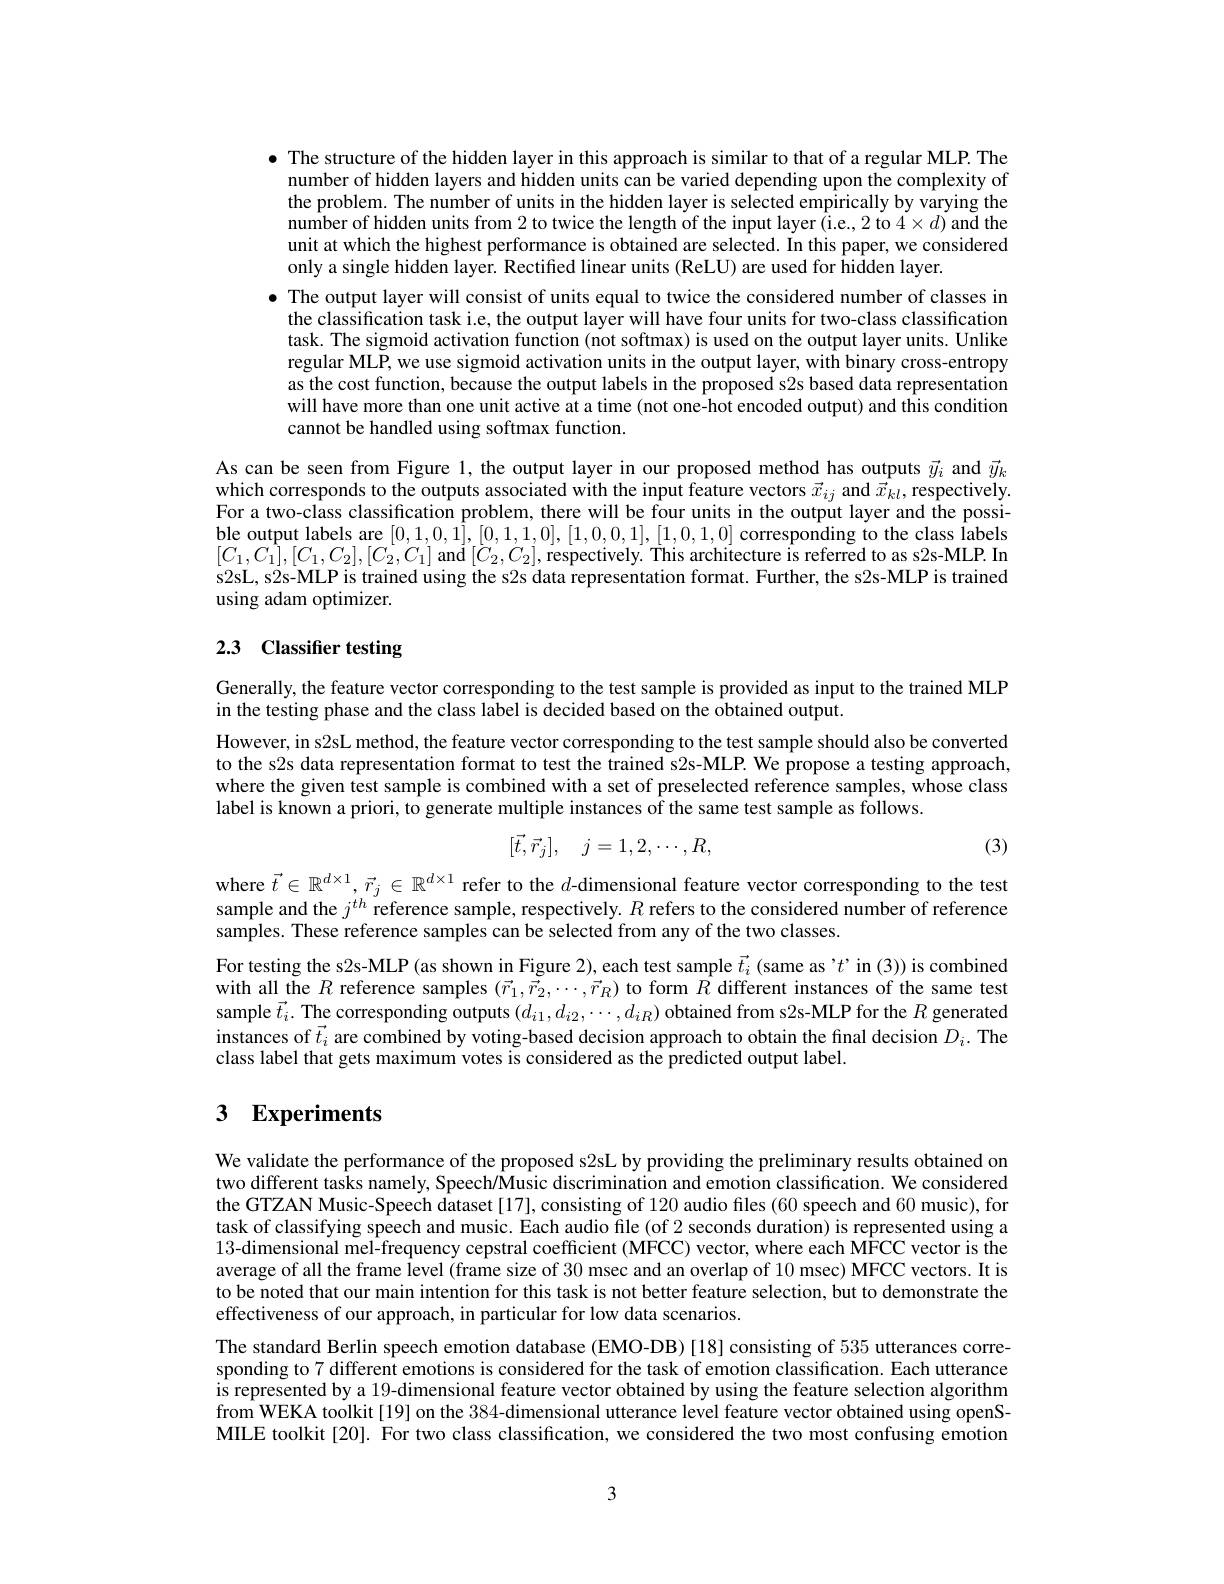
$\bullet$ The structure of the hidden layer in this approach is similar to that of a regular MLP. The
number of hidden layers and hidden units can be varied depending upon the complexity of the problem. The number of units in the hidden layer is selected empirically by varying the number of hidden units from 2 to twice the length of the input layer (i.e., 2 to 4×d) and the unit at which the highest performance is obtained are selected. In this paper, we considered only a single hidden layer. Rectified linear units (ReLU) are used for hidden layer.
$\bullet$ The output layer will consist of units equal to twice the considered number of classes in the classification task i.e, the output layer will have four units for two-class classification task. The sigmoid activation function (not softmax) is used on the output layer units. Unlike regular MLP, we use sigmoid activation units in the output layer, with binary cross-entropy as the cost function, because the output labels in the proposed s2s based data representation will have more than one unit active at a time (not one-hot encoded output) and this condition cannot be handled using softmax function.

As can be seen from Figure 1, the output layer in our proposed method has outputs $\vec{y}_i$ and $\vec{y}_k$ which corresponds to the outputs associated with the input feature vectors $\vec{x}_{ij}$ and $\vec{x}_{kl}$,respectively For a two-class classification problem, there will be four units in the output layer and the possible output labels are [0,1,0,1],[0,1,1,0],[1,0,0,1],[1,0,1,0] corresponding to the class labels $[C_{1},C_{1}],[C_{1},C_{2}],[C_{2},C_{1}]$ and $[C_{2},C_{2}]$,respectively. This architecture is referred to as s2s-MLP. In s2sL, s2s-MLP is trained using the s2s data representation format. Further, the s2s-MLP is trained using adam optimizer.

# 2.3 Classifier testing

Generally, the feature vector corresponding to the test sample is provided as input to the trained MLP
in the testing phase and the class label is decided based on the obtained output.

However, in s2sL method, the feature vector corresponding to the test sample should also be converted to the s2s data representation format to test the trained s2s-MLP. We propose a testing approach, where the given test sample is combined with a set of preselected reference samples, whose class label is known a priori, to generate multiple instances of the same test sample as follows.

(3)
$$[\vec{t},\vec{r}_j],\quad j=1,2,\cdots,R,$$
where $\vec{t}\in\mathbb{R}^{d\times1},\vec{r_j}\in\mathbb{R}^{d\times1}$ refer to the $d$-dimensional feature vector corresponding to the test sample and the $j^{th}$ reference sample, respectively. $R$ refers to the considered number of reference samples. These reference samples can be selected from any of the two classes.

For testing the s2s-MLP (as shown in Figure 2), each test sample $\vec{t}_i$ (same as '$t’$in (3)) is combined with all the $R$ reference samples $(\vec{r}_1,\vec{r}_2,\cdots,\vec{r}_R)$ to form $R$ different instances of the same test sample $\vec{t}_i.$ The corresponding outputs $(d_i1,d_{i2},\cdots,d_{iR})$ obtained from s2s-MLP for the $R$ generated instances of $\vec{t}_i$ are combined by voting-based decision approach to obtain the final decision $D_i.$ The class label that gets maximum votes is considered as the predicted output label.

## 3 Experiments

We validate the performance of the proposed s2sL by providing the preliminary results obtained on two different tasks namely, Speech/Music discrimination and emotion classification. We considered the GTZAN Music-Speech dataset[17], consisting of 120 audio files (60 speech and 60 music), for task of classifying speech and music. Each audio file (of 2 seconds duration) is represented using a 13-dimensional mel-frequency cepstral coefficient (MFCC) vector, where each MFCC vector is the average of all the frame level (frame size of 30 msec and an overlap of 10 msec) MFCC vectors. It is to be noted that our main intention for this task is not better feature selection, but to demonstrate the effectiveness of our approach, in particular for low data scenarios.
The standard Berlin speech emotion database (EMO-DB) [18] consisting of 535 utterances corresponding to 7 different emotions is considered for the task of emotion classification. Each utterance is represented by a 19-dimensional feature vector obtained by using the feature selection algorithm from WEKA toolkit [19] on the 384-dimensional utterance level feature vector obtained using openSMILE toolkit[20]. For two class classification, we considered the two most confusing emotion

3